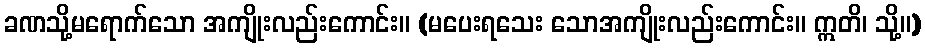
ခဏသို့မရောက်သော အကျိုးလည်းကောင်း။ (မပေးရသေး သောအကျိုးလည်းကောင်း။ ဣတိ၊ သို့။)